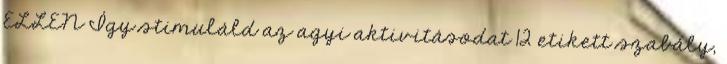
ELLEN Így stimuláld az agyi aktivitásodat 12 etikett szabály,